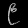
Digit: ၉